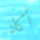
أكاد